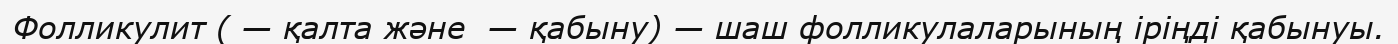
Фолликулит ( — қалта және  — қабыну) — шаш фолликулаларының іріңді қабынуы.